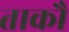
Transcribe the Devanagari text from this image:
ताकौ